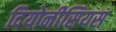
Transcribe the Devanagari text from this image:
दियोनीसियस